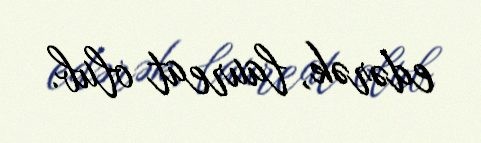
edərək, laureat olub.